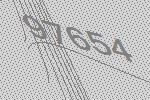
97654